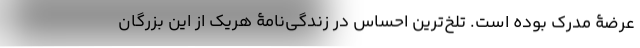
عرضۀ مدرک بوده است. تلخ‌ترین احساس در زندگی‌نامۀ هریک از این بزرگان